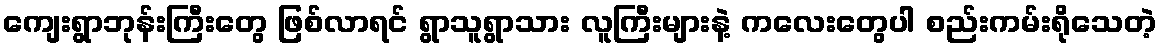
ကျေးရွာဘုန်းကြီးတွေ ဖြစ်လာရင် ရွာသူရွာသား လူကြီးများနဲ့ ကလေးတွေပါ စည်းကမ်းရိုသေတဲ့